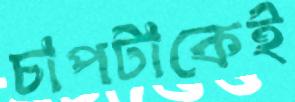
চাপটাকেই